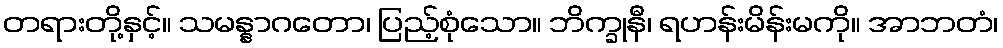
တရားတို့နှင့်။ သမန္နာဂတော၊ ပြည့်စုံသော။ ဘိက္ခုနီ၊ ရဟန်းမိန်းမကို။ အာဘတံ၊